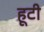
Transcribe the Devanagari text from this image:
हूटी